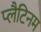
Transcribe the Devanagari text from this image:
प्‍लैटिनम